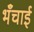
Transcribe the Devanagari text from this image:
भँचाई